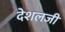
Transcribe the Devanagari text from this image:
देशलजी